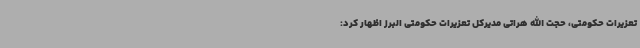
تعزیرات حکومتی، حجت الله هراتی مدیرکل تعزیرات حکومتی البرز اظهار کرد: